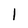
Character: I